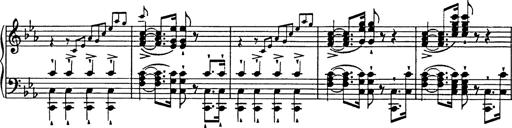
Title: Festmarsch zur SÃ¤cularfeier von Goethes Geburtstag
Composer: Franz Liszt